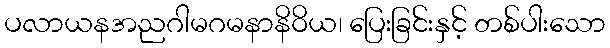
ပလာယနအညဂါမဂမနာနိဝိယ၊ ပြေးခြင်းနှင့် တစ်ပါးသော